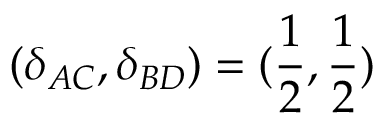
( \delta _ { A C } , \delta _ { B D } ) = ( \frac { 1 } { 2 } , \frac { 1 } { 2 } )